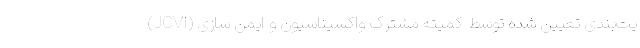
یت‌بندی تعیین شده توسط کمیته مشترک واکسیناسیون و ایمن سازی (JCVI)